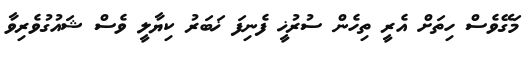
މަގޭވެސް ހިތަށް އެރީ ތިހެން ސުރުޚީ ފެނިފަ ޚަބަރު ކިޔާލީ ވެސް ޝައުގުވެރިވާ